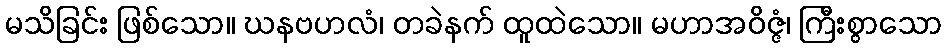
မသိခြင်း ဖြစ်သော။ ဃနဗဟလံ၊ တခဲနက် ထူထဲသော။ မဟာအဝိဇ္ဇံ၊ ကြီးစွာသော